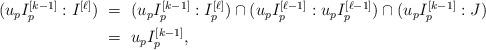
LaTeX: \begin{align*}\begin{aligned}(u_pI_p^{[k-1]}:I^{[\ell]})\ &=\ (u_pI_p^{[k-1]}:I_p^{[\ell]})\cap(u_pI_p^{[\ell-1]}:u_pI_p^{[\ell-1]})\cap(u_pI_p^{[k-1]}:J)\\&=\ u_pI_p^{[k-1]},\end{aligned}\end{align*}